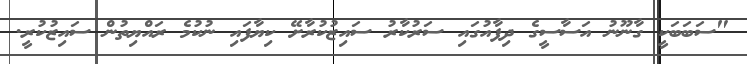
"ސަބަބަކީ ގާނޫނު އަސާސީގެ ދިފާއުގައި ސަރުކާރު ސައިޒުކުރާށޭ ކިޔާފައި ނުކުމެ ރައްޔިތުން ސައިޒުކުރީ.